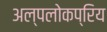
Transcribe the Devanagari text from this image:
अल्पलोकप्रिय